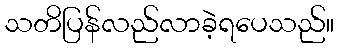
သတိပြန်လည်လာခဲ့ရပေသည်။